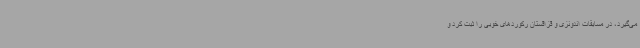
می‌گیرد، در مسابقات اندونزی و قزاقستان رکوردهای خوبی را ثبت کرد و